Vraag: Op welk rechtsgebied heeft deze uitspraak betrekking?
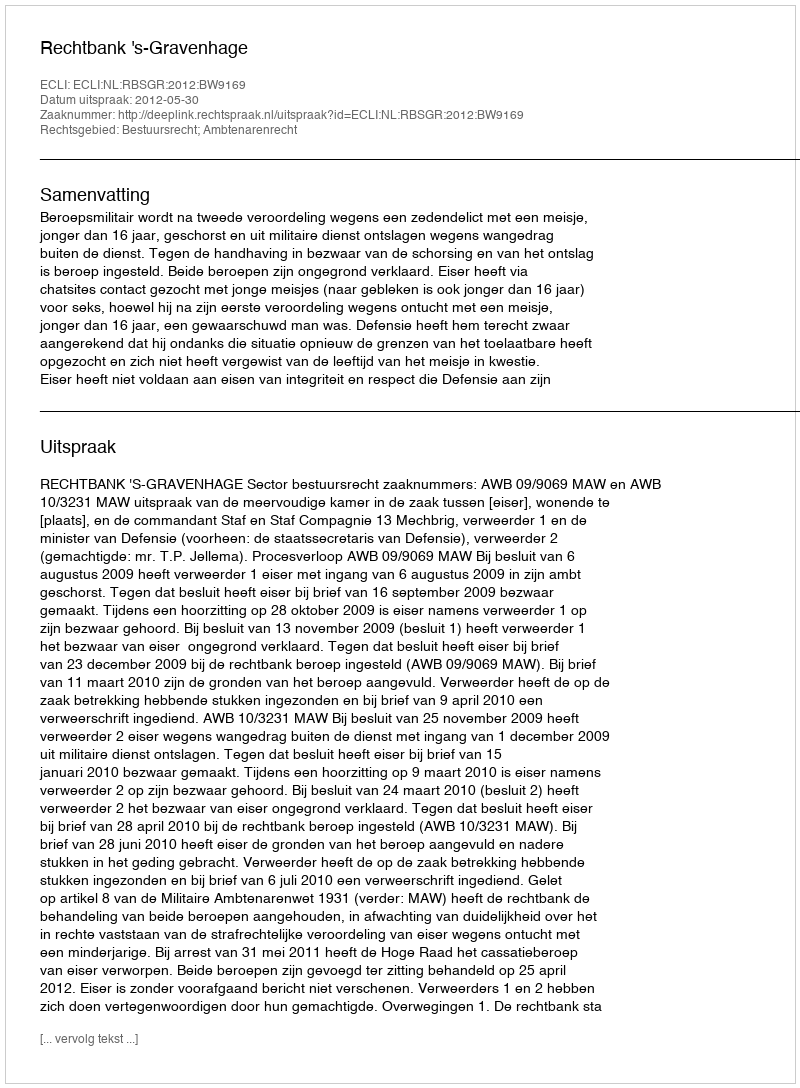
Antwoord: Bestuursrecht; Ambtenarenrecht